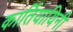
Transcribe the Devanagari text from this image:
कार्तियायिनी